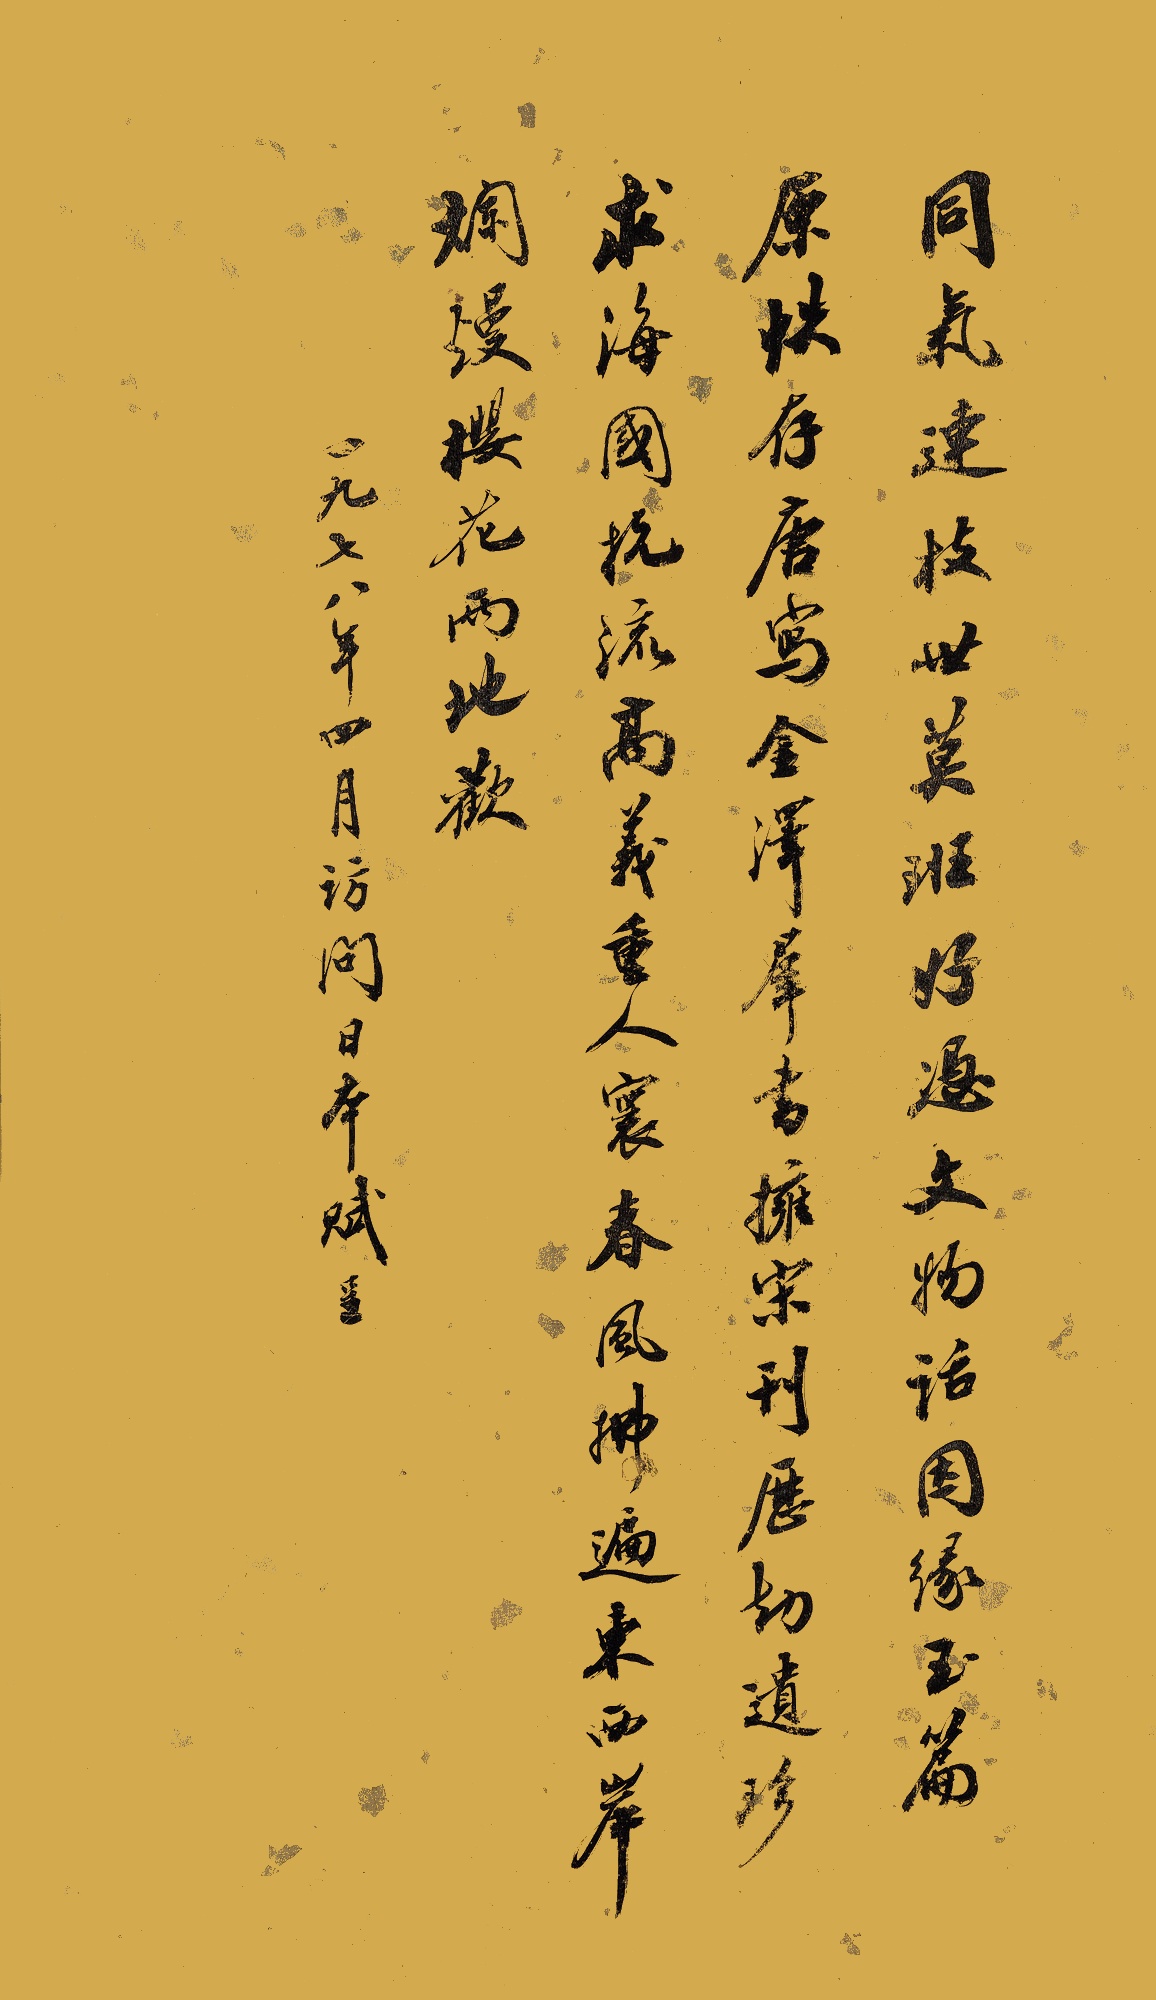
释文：同气连枝世莫班，好凭文物话姻缘。玉篇原佚存唐写，金泽群书拥宋刊。历劫遗珍求海国，抗流高义重人寰。春风拂遍东西岸，烂漫樱花两地欢。一九七八年四月访问日本，赋呈。